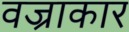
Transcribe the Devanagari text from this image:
वज्राकार